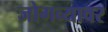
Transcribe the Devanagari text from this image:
जोगव्यावर